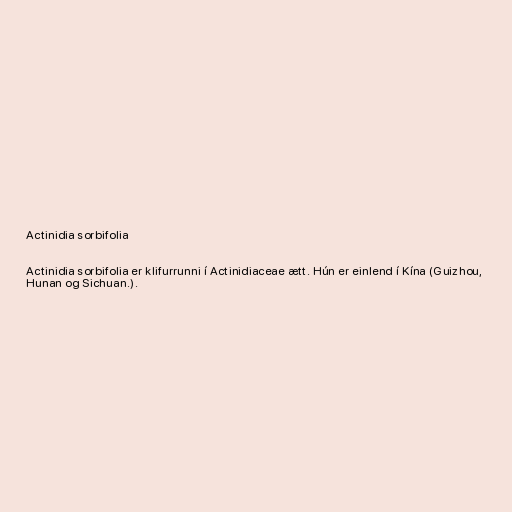
Actinidia sorbifolia

Actinidia sorbifolia er klifurrunni í Actinidiaceae ætt. Hún er einlend í Kína (Guizhou,
Hunan og Sichuan.).